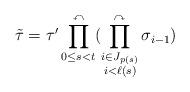
LaTeX: \begin{align*}\tilde{\tau}=\tau' \prod_{0\le s <t}^{\curvearrowleft}(\prod_{\begin{subarray}{c} i \in J_{p(s)} \\ i<\ell(s) \end{subarray}}^{\curvearrowright} \sigma_{i-1}) \end{align*}